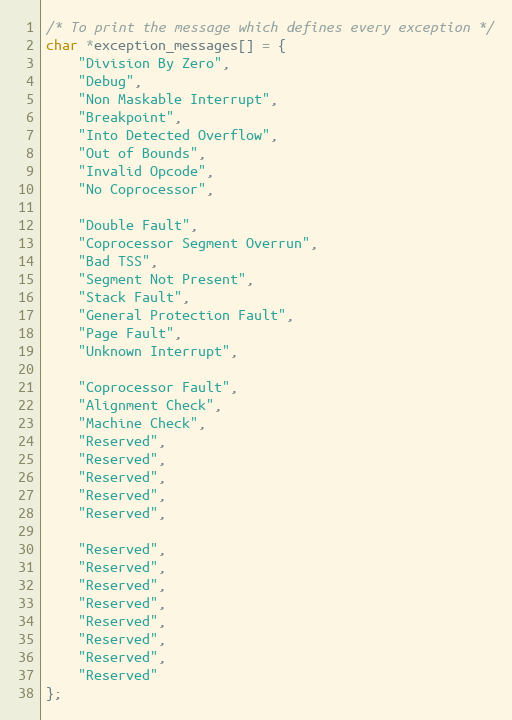
Language: C
/* To print the message which defines every exception */
char *exception_messages[] = {
    "Division By Zero",
    "Debug",
    "Non Maskable Interrupt",
    "Breakpoint",
    "Into Detected Overflow",
    "Out of Bounds",
    "Invalid Opcode",
    "No Coprocessor",

    "Double Fault",
    "Coprocessor Segment Overrun",
    "Bad TSS",
    "Segment Not Present",
    "Stack Fault",
    "General Protection Fault",
    "Page Fault",
    "Unknown Interrupt",

    "Coprocessor Fault",
    "Alignment Check",
    "Machine Check",
    "Reserved",
    "Reserved",
    "Reserved",
    "Reserved",
    "Reserved",

    "Reserved",
    "Reserved",
    "Reserved",
    "Reserved",
    "Reserved",
    "Reserved",
    "Reserved",
    "Reserved"
};